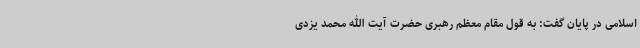
اسلامی در پایان گفت: به قول مقام معظم رهبری حضرت آیت الله محمد یزدی